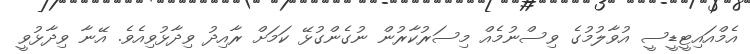
އެމްއައިޓީޑީސީ އުވާލުމުގެ ވިސްނުމެއް މިސަރުކާރުން ނުގެންގުޅޭ ކަމަށް ރާއިދު ވިދާޅުވިއެވެ. އޭނާ ވިދާޅުވީ